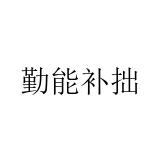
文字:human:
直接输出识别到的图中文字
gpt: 勤能补拙